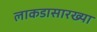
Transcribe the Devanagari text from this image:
लाकडासारख्या